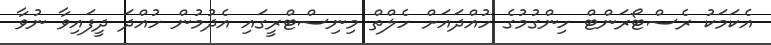
އެކަމަކު ރެސްޓޯރަންޓް ހިންގުމުގެ ހުއްދައަށް ހެލްތް މިނިސްޓްރީގައި އެދުމުން ހުއްދަ ދީފައިވާ ނުވާ